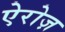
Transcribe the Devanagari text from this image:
ऐरोज़